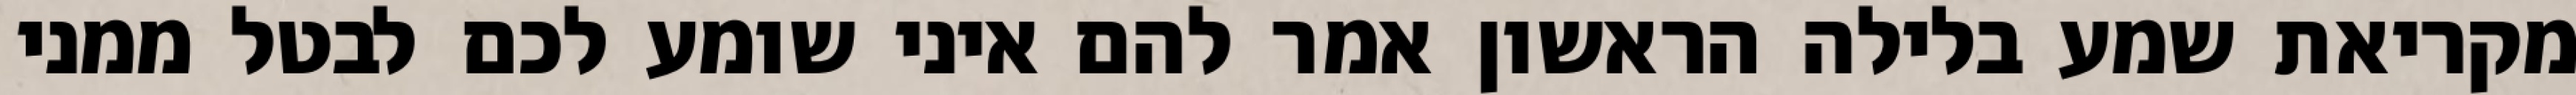
מקריאת שמע בלילה הראשון אמר להם איני שומע לכם לבטל ממני